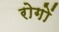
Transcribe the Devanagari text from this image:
रोगाें